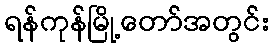
ရန်ကုန်မြို့တော်အတွင်း